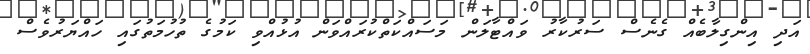
އަދި އިންގިލާބެއް ގެނެސް ސަރުކާރު ވައްޓާލަން މަސައްކަތްކުރައްވަން އުޅުއްވި ކަމުގެ ތުހުމަތުގައި ހައްޔަރުވެސް